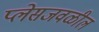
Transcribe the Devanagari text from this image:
प्लेसजवळील